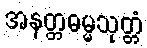
အနတ္တဓမ္မသုတ္တံ